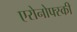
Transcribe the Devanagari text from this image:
एरोनोफ्स्की